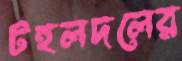
টহলদলের